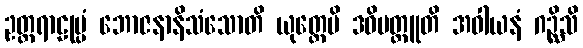
ဥတ္တရာဠုမ္ပံ ဘောဇနာနိသံသောတိ ယုတ္တေပိ ဒဓိမတ္ထူတိ အဝါယနံ ဂဉ္ဆိသိ